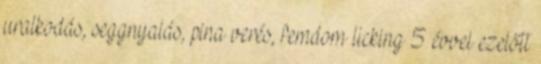
uralkodás, seggnyalás, pina verés, femdom licking 5 évvel ezelőtt